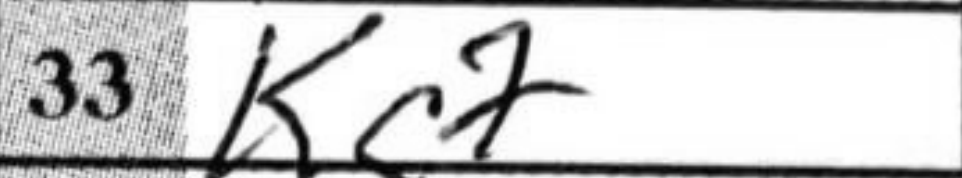
Transcription: Kc7